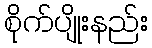
စိုက်ပျိုးနည်း